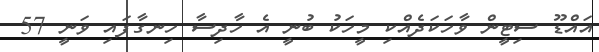
އައްޑޫ ސިޓީން ވާހަކަދެއްކި މީހަކު ބުނީ އެ ހާދިސާ ހިނގާފައި ވަނީ 57